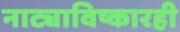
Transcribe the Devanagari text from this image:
नाट्याविष्कारही